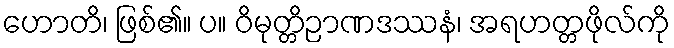
ဟောတိ၊ ဖြစ်၏။ ပ။ ဝိမုတ္တိဉာဏဒဿနံ၊ အရဟတ္တဖိုလ်ကို